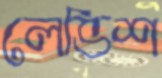
লেভিশ